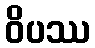
ဝိပဿ